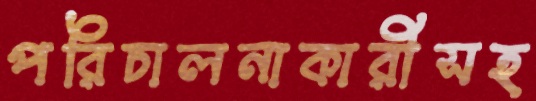
পরিচালনাকারীসহ